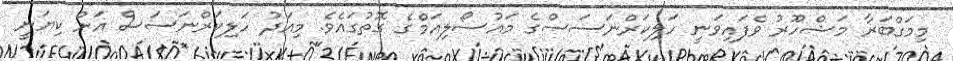
މިމަގްބަރާ މަޝްހޫރު ވެފައިވަނީ ހަލިކަރްނަސަސްގެ މައުސޯލިއަމްގެ ގޮތުގައެވެ. މިއަދު ހަލިކަރްނަސަސް އަށް ކިޔަނީ